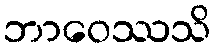
ဘာဝေဿသိ